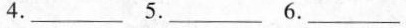
4.___ 5.___ 6.___